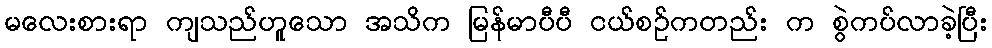
မလေးစားရာ ကျသည်ဟူသော အသိက မြန်မာပီပီ ငယ်စဉ်ကတည်း က စွဲကပ်လာခဲ့ပြီး